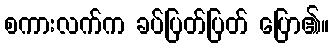
စကားလက်က ခပ်ပြတ်ပြတ် ပြော၏။